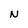
Character: N